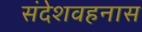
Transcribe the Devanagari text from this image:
संदेशवहनास